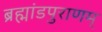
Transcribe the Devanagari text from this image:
ब्रह्मांडपुराणम्